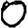
Digit: 0